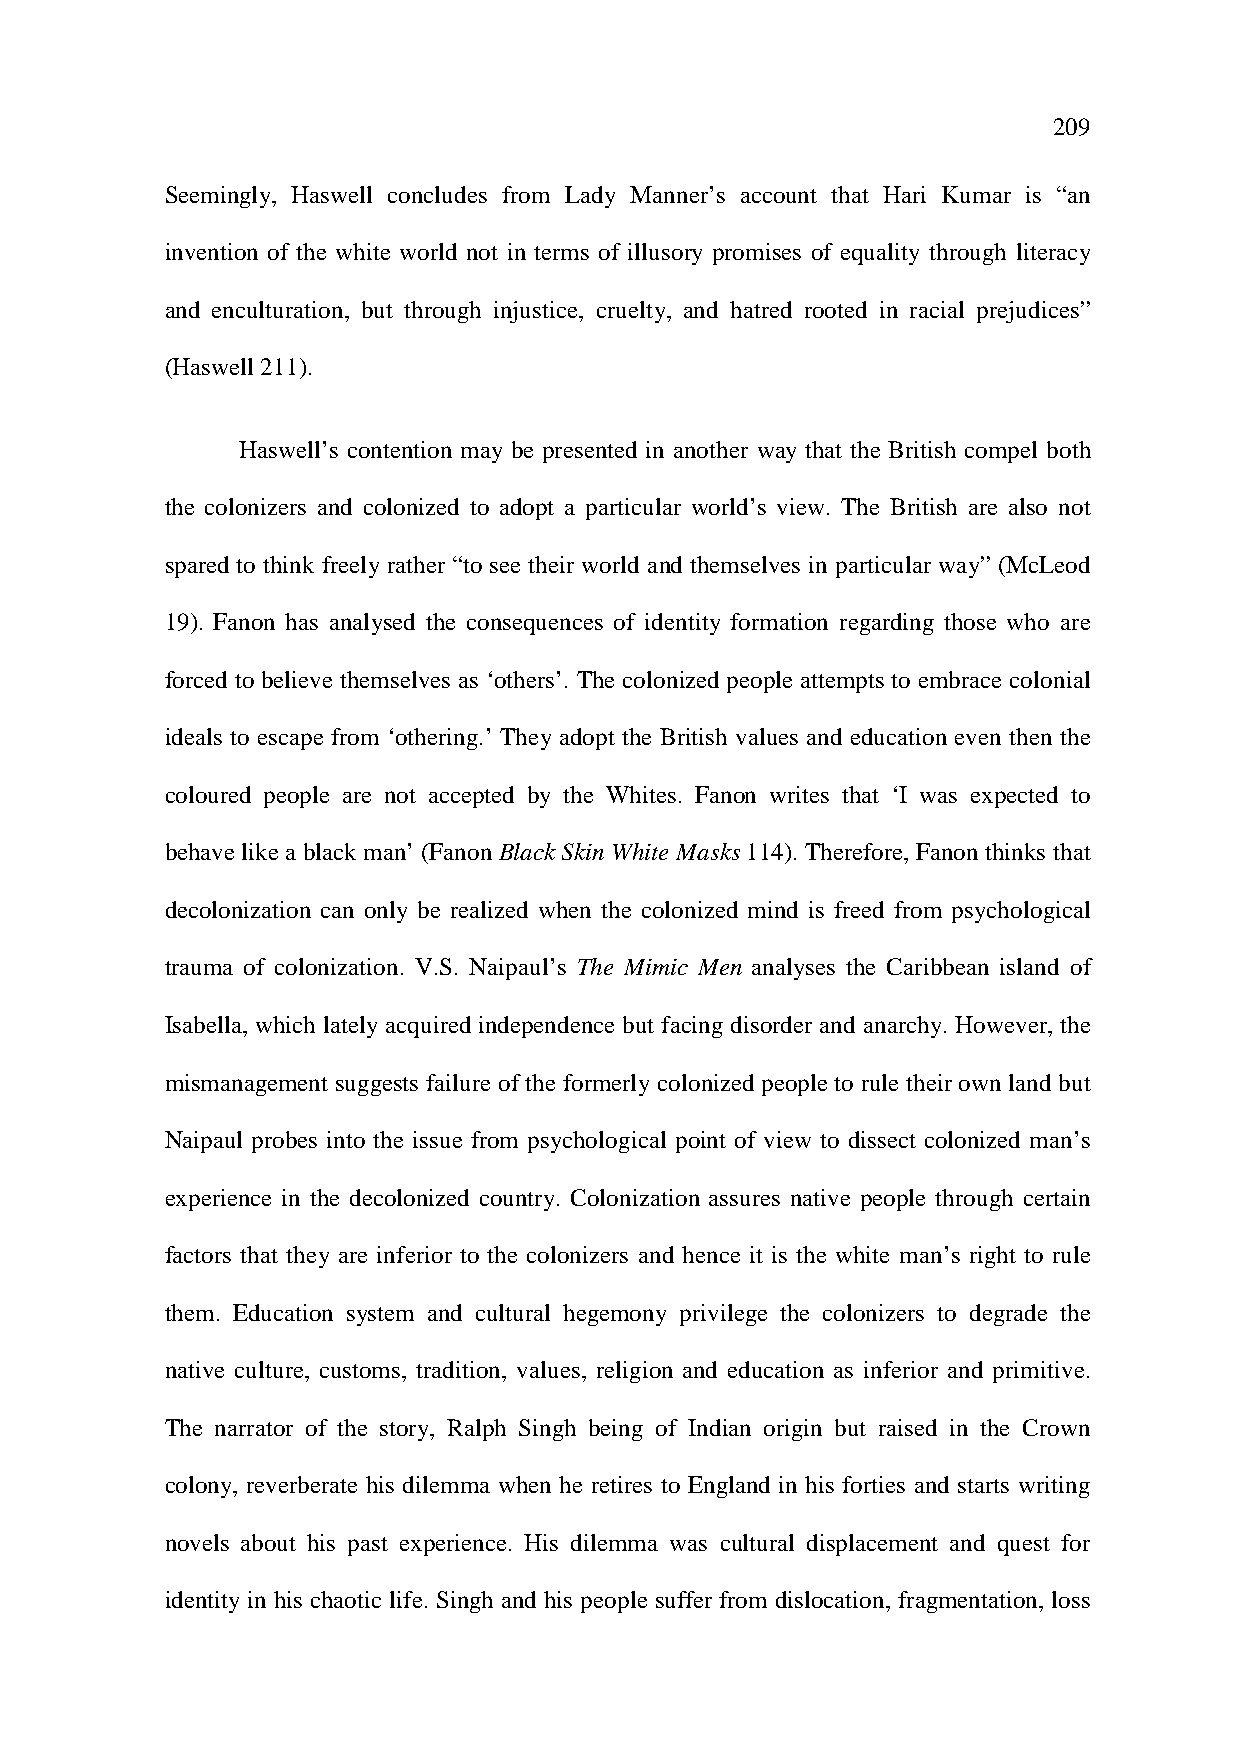
209
 Seemingly, Haswell concludes from Lady Manner’s account that Hari Kumar is “an
 invention of the white world not in terms of illusory promises of equality through literacy
 and enculturation, but through injustice, cruelty, and hatred rooted in racial prejudices”
 (Haswell 211).
 Haswell’s contention may be presented in another way that the British compel both
 the colonizers and colonized to adopt a particular world’s view. The British are also not
 spared to think freely rather “to see their world and themselves in particular way” (McLeod
 19). Fanon has analysed the consequences of identity formation regarding those who are
 forced to believe themselves as ‘others’. The colonized people attempts to embrace colonial
 ideals to escape from ‘othering.’ They adopt the British values and education even then the
 coloured people are not accepted by the Whites. Fanon writes that ‘I was expected to
 behave like a black man’ (Fanon Black Skin White Masks 114). Therefore, Fanon thinks that
 decolonization can only be realized when the colonized mind is freed from psychological
 trauma of colonization. V.S. Naipaul’s The Mimic Men analyses the Caribbean island of
 Isabella, which lately acquired independence but facing disorder and anarchy. However, the
 mismanagement suggests failure of the formerly colonized people to rule their own land but
 Naipaul probes into the issue from psychological point of view to dissect colonized man’s
 experience in the decolonized country. Colonization assures native people through certain
 factors that they are inferior to the colonizers and hence it is the white man’s right to rule
 them. Education system and cultural hegemony privilege the colonizers to degrade the
 native culture, customs, tradition, values, religion and education as inferior and primitive.
 The narrator of the story, Ralph Singh being of Indian origin but raised in the Crown
 colony, reverberate his dilemma when he retires to England in his forties and starts writing
 novels about his past experience. His dilemma was cultural displacement and quest for
 identity in his chaotic life. Singh and his people suffer from dislocation, fragmentation, loss